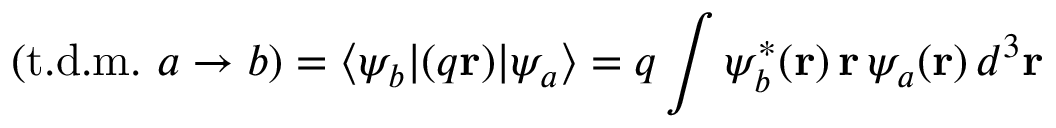
( { \mathrm { t . d . m . ~ } } a \rightarrow b ) = \langle \psi _ { b } | ( q \mathbf { r } ) | \psi _ { a } \rangle = q \int \psi _ { b } ^ { * } ( \mathbf { r } ) \, \mathbf { r } \, \psi _ { a } ( \mathbf { r } ) \, d ^ { 3 } \mathbf { r }